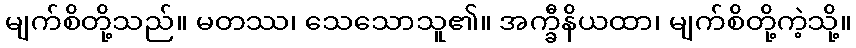
မျက်စိတို့သည်။ မတဿ၊ သေသောသူ၏။ အက္ခီနိယထာ၊ မျက်စိတို့ကဲ့သို့။